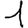
Digit: 1